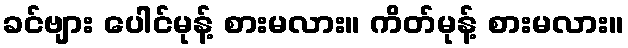
ခင်ဗျား ပေါင်မုန့် စားမလား။ ကိတ်မုန့် စားမလား။